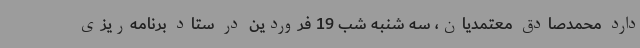
دارد محمدصادق معتمدیان، سه شنبه شب 19 فروردین در ستاد برنامه‌ریزی